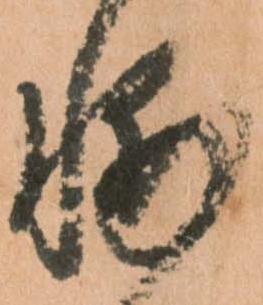
輔